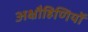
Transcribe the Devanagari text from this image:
अक्षौहिणियों